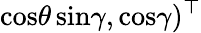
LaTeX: \mathrm{cos}\theta\, \mathrm{sin}\gamma,\mathrm{cos}\gamma)^{\top}